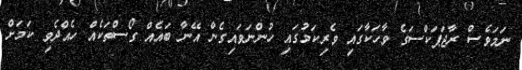
ނަމަވެސް ރާޖަޕަކްސަގެ ވާހަކާގައި ވެރިކަމުގައި ހުންނަވައިގެން އޭނާ ބައެއް ގޯސްތަކެއް ހެއްދެވި ކަމަށް